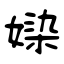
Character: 媣